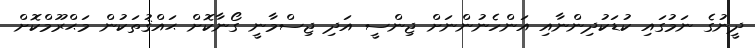
ދީނުގެ ނަމުގައި ކުޑަކުދިންނާއި އަންހެނުންނަށް ޖިންސީ އަދި ޖިސްމާނީ ގޯނާކޮށް ޙައްޤުތަކުން މަޙްރޫމްކޮށް